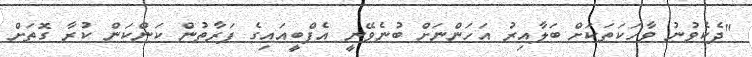
"ދެކެވުނު ވާހަކަތަކަށް ބަލާއިރު އަހަންނަށް ބުނެވޭނީ އެފްބީއައިގެ ފަރާތުން ކަންކަން ކުރާ ގޮތަށް